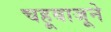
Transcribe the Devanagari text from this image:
चहूबाजूने